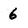
Character: 6